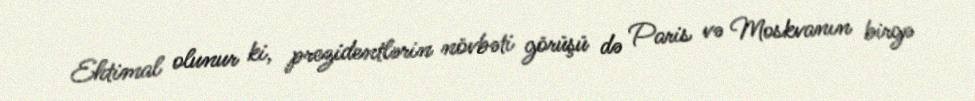
Ehtimal olunur ki, prezidentlərin növbəti görüşü də Paris və Moskvanın birgə